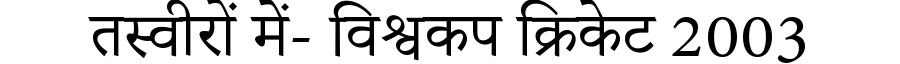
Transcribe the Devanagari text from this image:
तस्वीरों में- विश्वकप क्रिकेट 2003